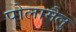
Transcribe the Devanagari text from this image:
पोलामैलु